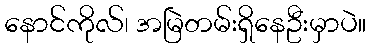
နောင်ကိုလ်၊ အမြဲတမ်းရှိနေဦးမှာပဲ။